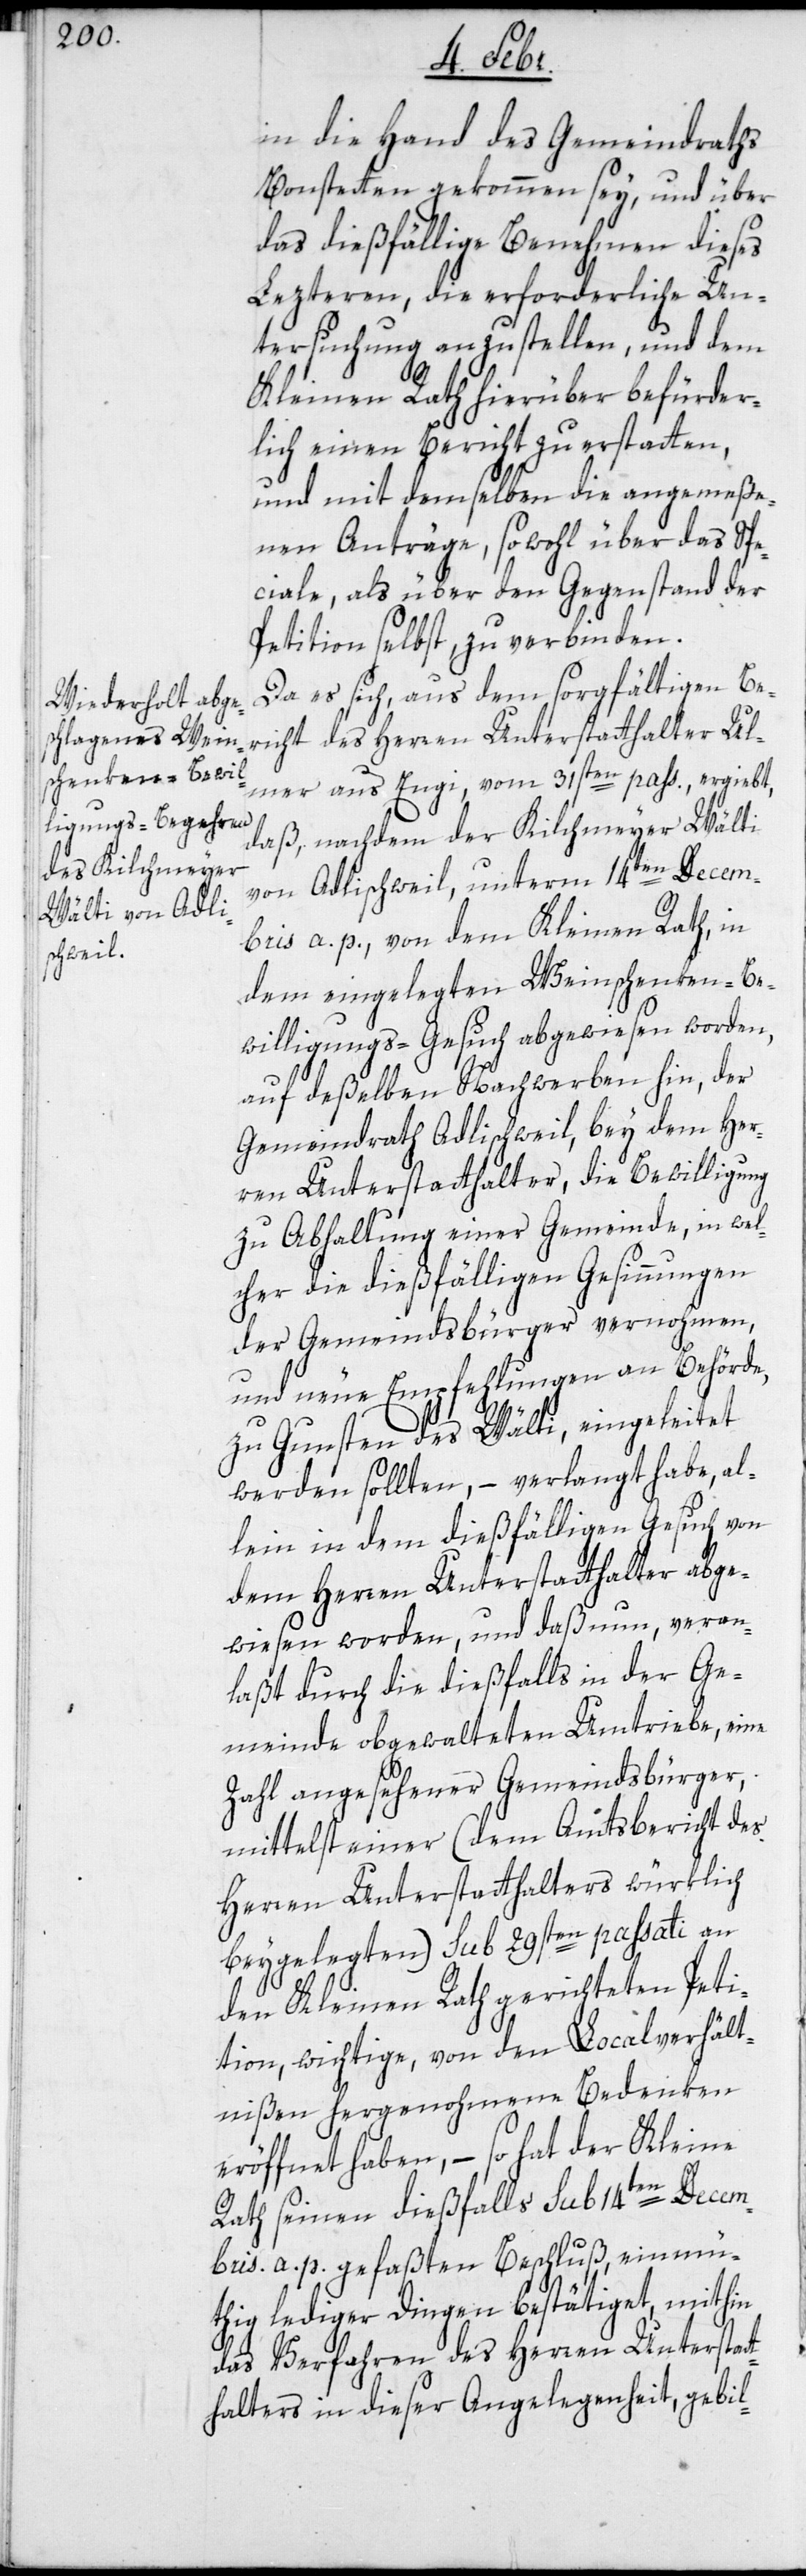
in die Hand des Gemeindraths
Bonstetten gekommen sey, und über
das dießfällige Benehmen dieses
Lezteren, die erforderliche Un¬
tersuchung anzustellen, und dem
Kleinen Rath hierüber befürder¬
lich einen Bericht zu erstatten,
und mit demselben die angemeße¬
nen Anträge, sowohl über das Spe¬
ciale, als über den Gegenstand der
Petition selbst, zu verbinden.
Da es sich, aus dem sorgfältigen Be¬
richt des Herren Unterstatthalter Ul¬
mer aus Engi, vom 31sten pass., ergiebt,
daß, nachdem der Kilchmeyer Wälti
von Adlischweil, unterm 14ten Decem¬
bris a. p. von dem Kleinen Rath, in
dem eingelegten Weinschenken-Be¬
willigungs-Gesuch abgewiesen worden,
auf deßelben Nachwerben hin, der
Gemeindrath Adlischweil, bey dem Her¬
ren Unterstatthalter, die Bewilligung
zu Abhaltung einer Gemeinde, in wel¬
cher die dießfälligen Gesinnungen
der Gemeindsbürger vernohmen,
und neue Empfehlungen an Behörde,
zu Gunsten des Wälti, eingeleitet
werden sollten, – verlangt habe, al¬
lein in dem dießfälligen Gesuch von
dem Herren Unterstatthalter abge¬
wiesen worden, und daß nun, veran¬
laßt durch die dießfalls in der Ge¬
meinde obgewalteten Umtriebe, eine
Zahl angesehener Gemeindsbürger,
mittelst einer (dem Amtsbericht des
Herren Unterstatthalters würklich
beygelegten) sub 29sten passati an
den Kleinen Rath gerichteten Peti¬
tion, wichtige, von den Localverhält¬
nißen hergenohmene Bedenken
eröffnet haben, – so hat der Kleine
Rath seinen dießfalls sub 14ten Decem¬
bris a. p. gefaßten Beschluß, einmü¬
thig lediger Dingen bestätiget, mithin
das Verfahren des Herren Unterstat¬
thalters in dieser Angelegenheit, gebil-